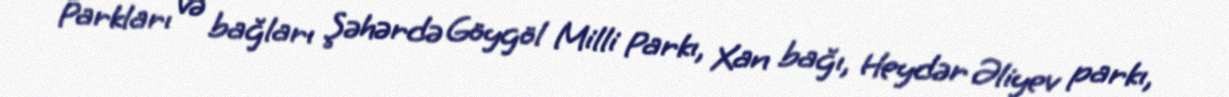
Parkları və bağları Şəhərdə Göygöl Milli Parkı, Xan bağı, Heydər Əliyev parkı,